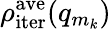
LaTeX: \rho_{\mathrm{iter}}^{\mathrm{ave}}(q_{m_{k}})